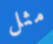
مثل